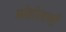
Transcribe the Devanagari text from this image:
मोहोरवणी